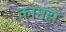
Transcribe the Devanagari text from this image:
कामहा